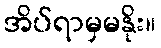
အိပ်ရာမှမနိုး။